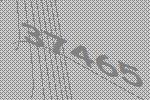
37465